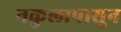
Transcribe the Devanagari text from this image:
नकुलापासून